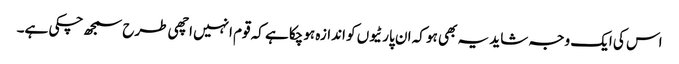
اس کی ایک وجہ شاید یہ بھی ہو کہ ان پارٹیوں کو اندازہ ہوچکا ہے کہ قوم انہیں اچھی طرح سمجھ چکی ہے۔